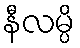
နီလမ္ပိ